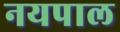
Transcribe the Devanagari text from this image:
नयपाल